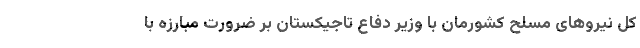
کل نیروهای مسلح کشورمان با وزیر دفاع تاجیکستان بر ضرورت مبارزه با